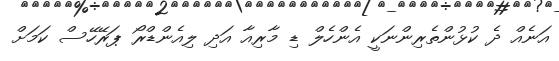
އަނެއް ދެ ކުޅުންތެރިންނަކީ އެންހެލް ޑި މާރިއާ އަދި ލިއެންޑްރޯ ޕަރޭހޭސް ކަމަށް